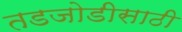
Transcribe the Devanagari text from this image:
तडजोडीसाठी